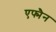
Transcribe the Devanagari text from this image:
एफ्मैन